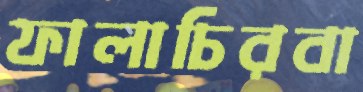
ফালাচিরবা